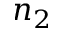
n _ { 2 }